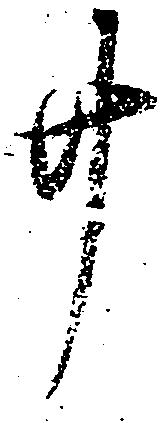
廿